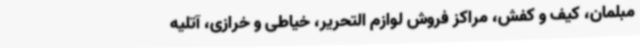
مبلمان، کیف و کفش، مراکز فروش لوازم التحریر، خیاطی و خرازی، آتلیه